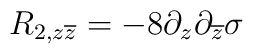
R_{2,z\overline{z}}=-8\partial _z\partial _{\overline{z}}{\rm \sigma }